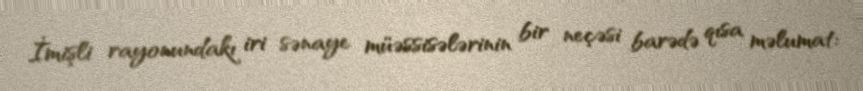
İmişli rayonundakı iri sənaye müəssisələrinin bir neçəsi barədə qısa məlumat: